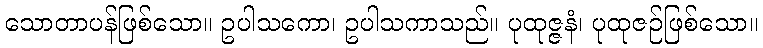
သောတာပန်ဖြစ်သော။ ဥပါသကော၊ ဥပါသကာသည်။ ပုထုဇ္ဇနံ၊ ပုထုဇဉ်ဖြစ်သော။